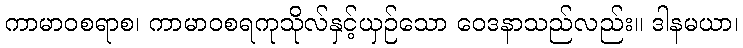
ကာမာဝစရာစ၊ ကာမာဝစရကုသိုလ်နှင့်ယှဉ်သော ဝေဒနာသည်လည်း။ ဒါနမယာ၊